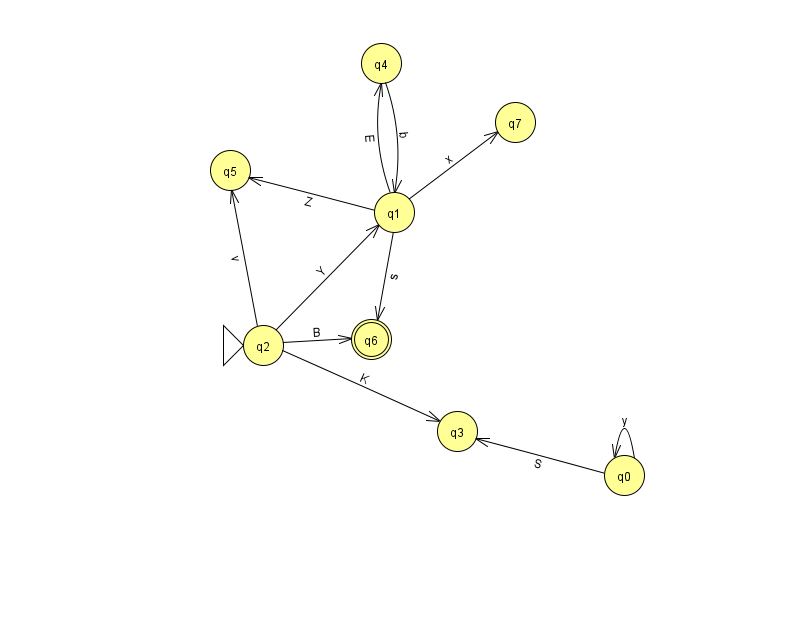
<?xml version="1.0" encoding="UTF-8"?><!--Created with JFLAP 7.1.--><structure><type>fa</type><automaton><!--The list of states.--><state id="0" name="q0"><x>624.0</x><y>462.0</y></state><state id="1" name="q1"><x>394.0</x><y>199.0</y></state><state id="2" name="q2"><x>263.0</x><y>332.0</y><initial/></state><state id="3" name="q3"><x>457.0</x><y>418.0</y></state><state id="4" name="q4"><x>381.0</x><y>50.0</y></state><state id="5" name="q5"><x>230.0</x><y>157.0</y></state><state id="6" name="q6"><x>371.0</x><y>326.0</y><final/></state><state id="7" name="q7"><x>515.0</x><y>109.0</y></state><!--The list of transitions.--><transition><from>1</from><to>6</to><read>s</read></transition><transition><from>1</from><to>5</to><read>Z</read></transition><transition><from>2</from><to>1</to><read>Y</read></transition><transition><from>0</from><to>3</to><read>S</read></transition><transition><from>2</from><to>5</to><read>v</read></transition><transition><from>2</from><to>3</to><read>K</read></transition><transition><from>1</from><to>4</to><read>E</read></transition><transition><from>0</from><to>0</to><read>y</read></transition><transition><from>2</from><to>6</to><read>B</read></transition><transition><from>1</from><to>7</to><read>x</read></transition><transition><from>4</from><to>1</to><read>b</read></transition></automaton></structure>